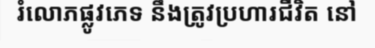
រំលោភផ្លូវភេទ នឹងត្រូវប្រហារជីវិត នៅ